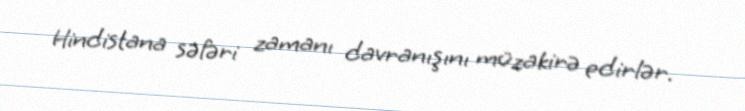
Hindistana səfəri zamanı davranışını müzakirə edirlər.